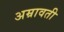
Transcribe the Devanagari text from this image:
अम्रावती